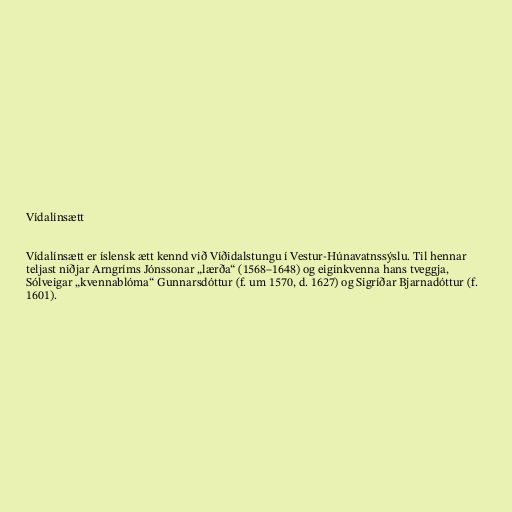
Vídalínsætt

Vídalínsætt er íslensk ætt kennd við Víðidalstungu í Vestur-Húnavatnssýslu. Til hennar
teljast niðjar Arngríms Jónssonar „lærða“ (1568–1648) og eiginkvenna hans tveggja,
Sólveigar „kvennablóma“ Gunnarsdóttur (f. um 1570, d. 1627) og Sigríðar Bjarnadóttur (f.
1601).